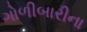
ગોળીબારીના